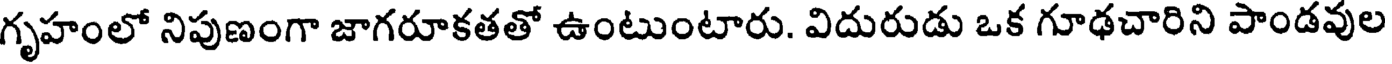
గృహంలో నిపుణంగా జాగరూకతతో ఉంటుంటారు. విదురుడు ఒక గూఢచారిని పాండవుల